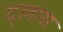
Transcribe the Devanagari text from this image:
द्लारा